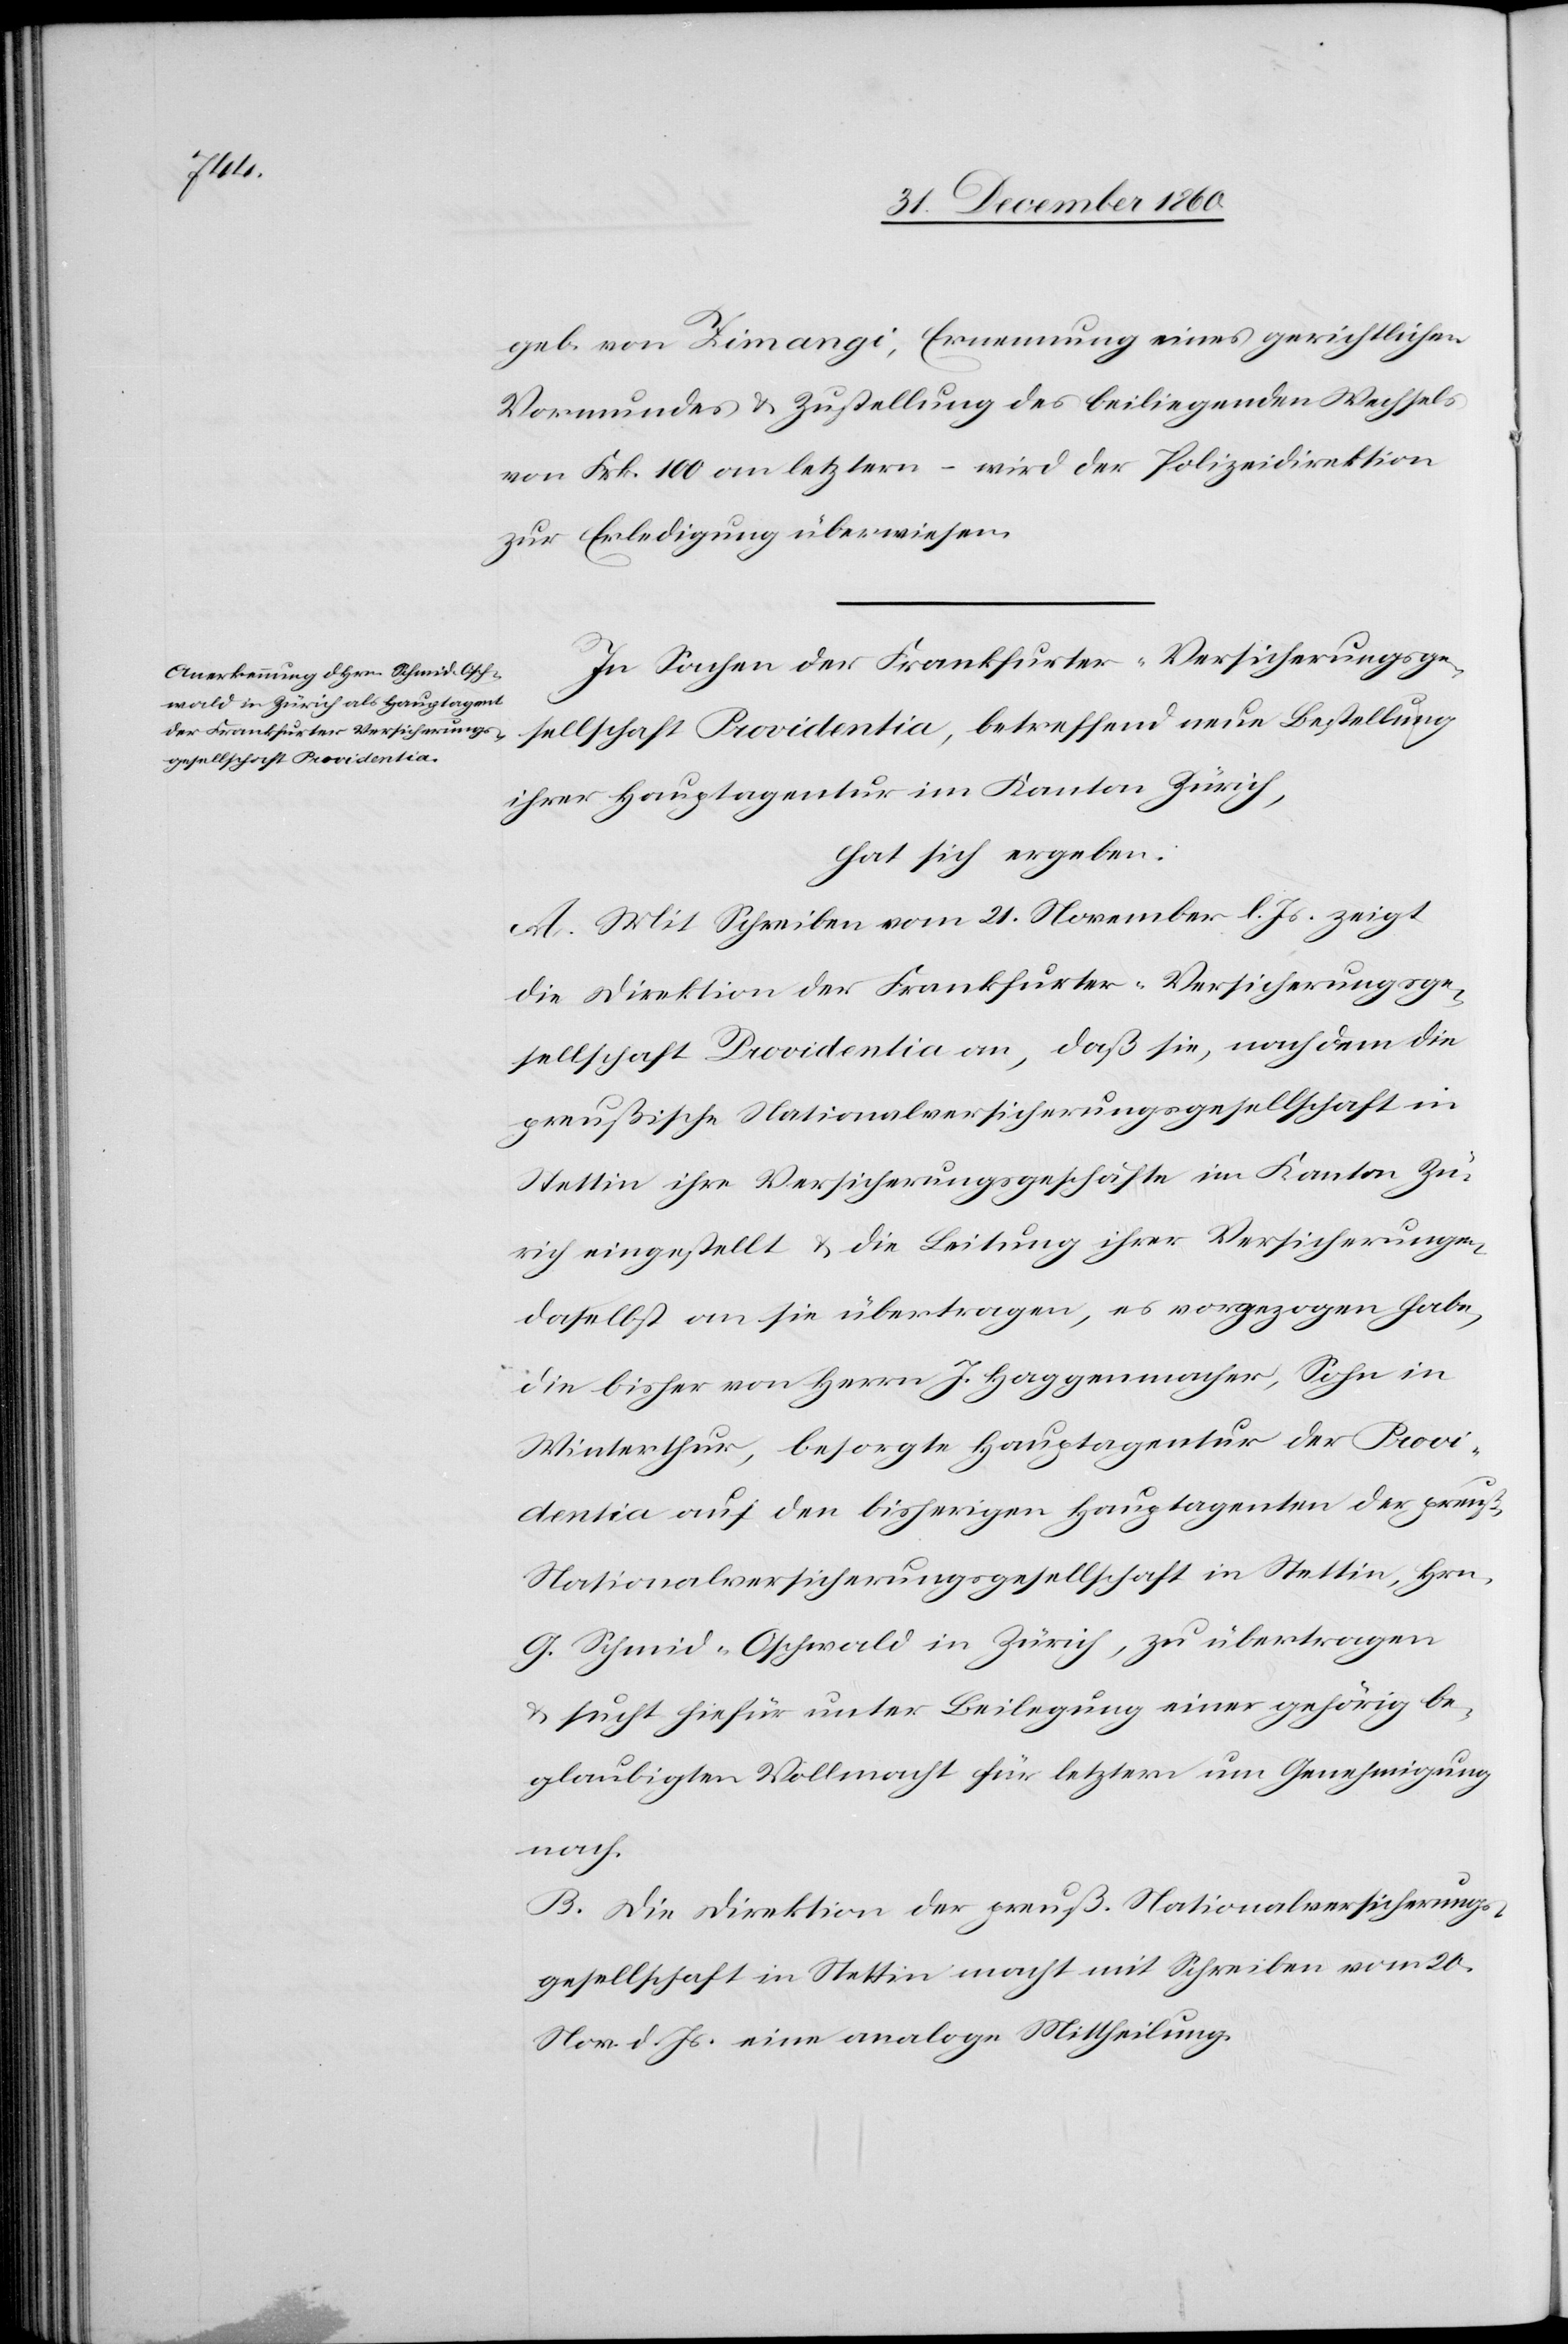
geb. von Zimangi, Ernennung eines gerichtlichen
Vormundes u. Zustellung des beiliegenden Wechsels
von Frk. 100 an letztern – wird der Polizeidirektion
zur Erledigung überwiesen.
In Sachen der Frankfurter-Versicherungsge¬
sellschaft Providentia, betreffend neue Bestellung
ihrer Hauptagentur im Kanton Zürich,
hat sich ergeben:
A. Mit Schreiben vom 21. November l. Js. zeigt
die Direktion der Frankfurter-Versicherungsge¬
sellschaft Providentia an, daß sie, nachdem die
preußische Nationalversicherungsgesellschaft in
Stettin ihre Versicherungsgeschäfte im Kanton Zü¬
rich eingestellt u. die Leitung ihrer Versicherungen
daselbst an sie übertragen, es vorgezogen habe,
die bisher von Herrn J. Haggenmacher, Sohn in
Winterthur, besorgte Hauptagentur der Provid¬
entia auf den bisherigen Hauptagenten der preußischen
Nationalversicherungsgesellschaft in Stettin, Hrn.
G. Schmid-Oschwald in Zürich, zu übertragen
u. sucht hiefür unter Beilegung einer gehörig be¬
glaubigten Vollmacht für letztern um Genehmigung
nach.
B. Die Direktion der preuß Nationalversicherungs¬
gesellschaft in Stettin macht mit Schreiben vom 20.
Nov. d. Js. eine analoge Mittheilung.